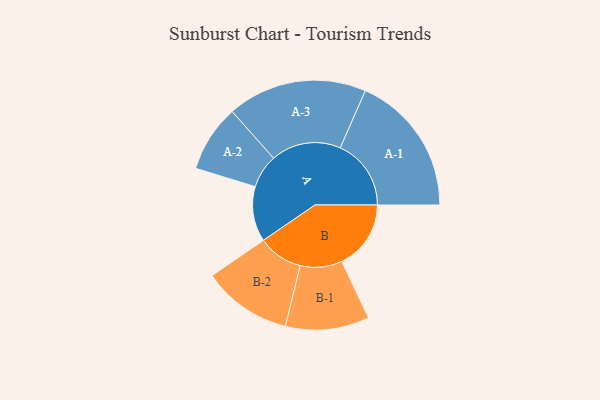
{"axis": {"x": "Segment", "y": "Value"}, "legend": ["", "A", "B"], "data": [{"x": "A", "y": 220, "type": ""}, {"x": "B", "y": 276, "type": ""}, {"x": "A-1", "y": 283, "type": "A"}, {"x": "A-2", "y": 134, "type": "A"}, {"x": "A-3", "y": 279, "type": "A"}, {"x": "B-1", "y": 167, "type": "B"}, {"x": "B-2", "y": 179, "type": "B"}]}